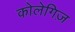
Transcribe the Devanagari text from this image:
कोलेगिज़